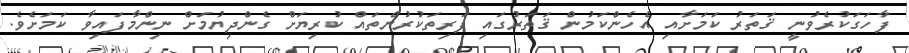
ފާހަގަކުރެވުނީ ޤަތަރު ކަމަށާއި އެހެންކަމުން ޤަތަރުގައި ފަރިތަކުރުންތައްް ކުރިޔަށް ގެންދިޔުމަށް ނިންމާފައިވާ ކަމަށެވެ.